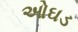
ઓઘડ